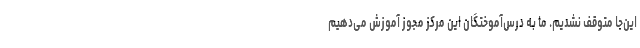
این‌جا متوقف نشدیم. ما به درس‌آموختگان این مرکز مجوز آموزش می‌دهیم